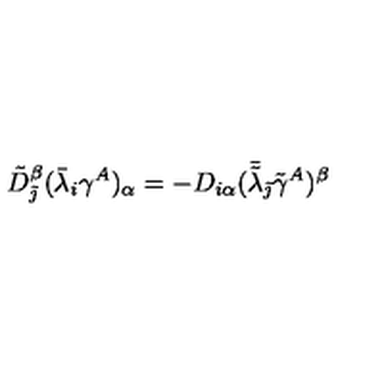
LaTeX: \tilde { D } _ { \tilde { \jmath } } ^ { \beta } ( \bar { \lambda } _ { i } \gamma ^ { A } ) _ { \alpha } = - D _ { i \alpha } ( \bar { \tilde { \lambda } } _ { \tilde { \jmath } } \tilde { \gamma } ^ { A } ) ^ { \beta }